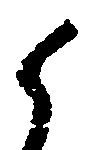
候